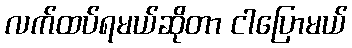
လက်ထပ်ရမယ်ဆိုတာ ငါပြောမယ်